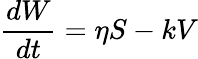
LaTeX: {\frac{dW}{dt}}=\eta S-kV